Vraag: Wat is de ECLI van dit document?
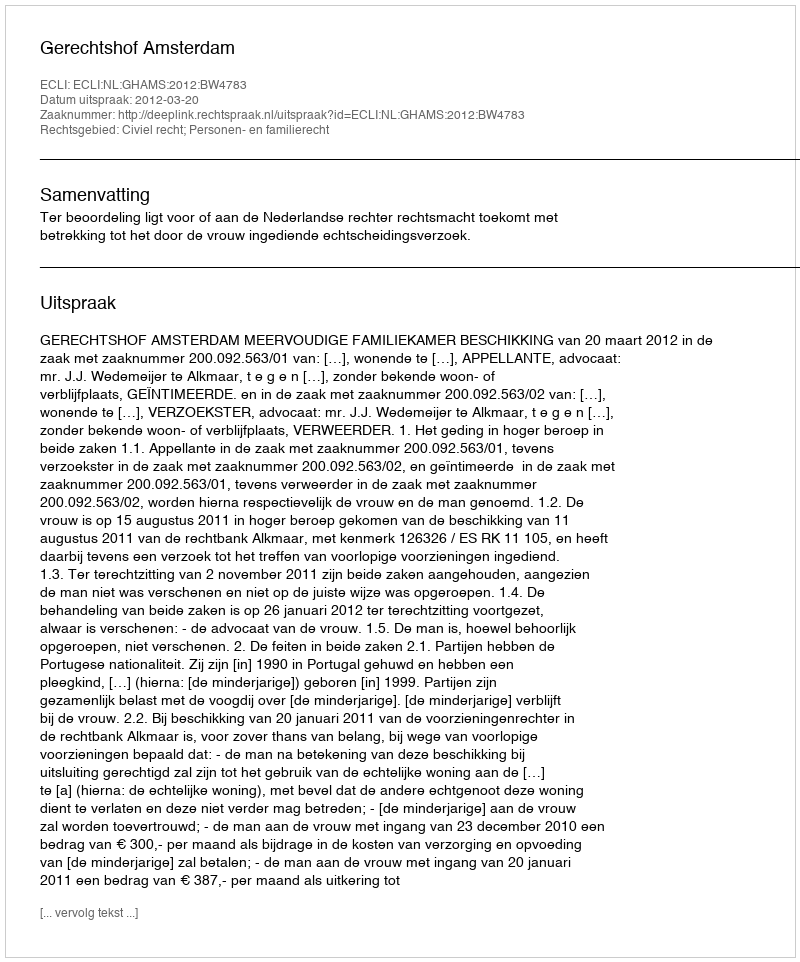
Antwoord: ECLI:NL:GHAMS:2012:BW4783